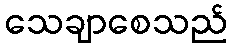
သေချာစေသည်